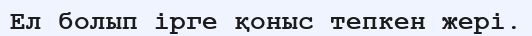
Ел болып ірге қоныс тепкен жері.